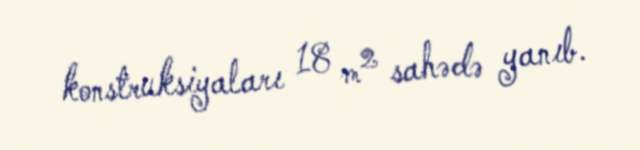
konstruksiyaları 18 m² sahədə yanıb.